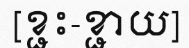
[ខ្ជះ-ខ្ជាយ]